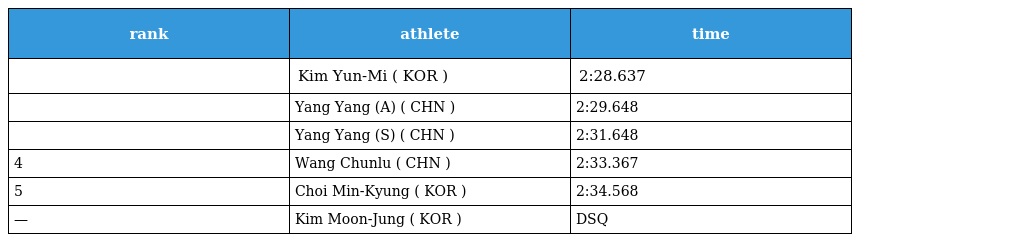
| rank | athlete | time |
 | --- | --- | --- |
 |  | Kim Yun-Mi ( KOR ) | 2:28.637 |
 |  | Yang Yang (A) ( CHN ) | 2:29.648 |
 |  | Yang Yang (S) ( CHN ) | 2:31.648 |
 | 4 | Wang Chunlu ( CHN ) | 2:33.367 |
 | 5 | Choi Min-Kyung ( KOR ) | 2:34.568 |
 | — | Kim Moon-Jung ( KOR ) | DSQ |